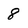
Character: 8